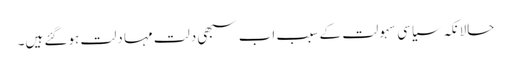
حالانکہ سیاسی سہولت کے سبب اب سبھی دلت مہا دلت ہوگئے ہیں۔